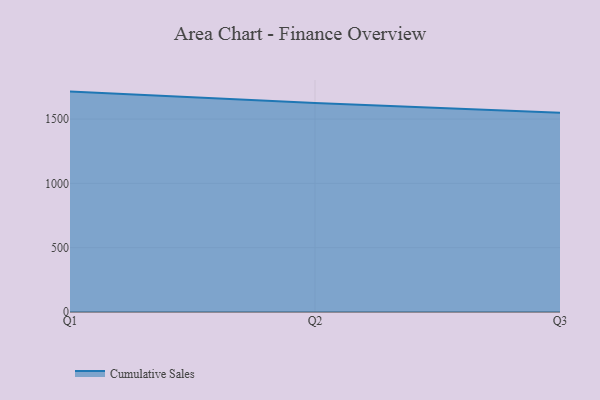
{"axis": {"x": "Quarter", "y": "Active Users"}, "legend": ["Cumulative Sales"], "data": [{"x": "Q1", "y": 1713.9, "type": "Cumulative Sales"}, {"x": "Q2", "y": 1624.7, "type": "Cumulative Sales"}, {"x": "Q3", "y": 1550.1, "type": "Cumulative Sales"}]}